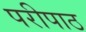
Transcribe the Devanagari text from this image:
परीपाठ